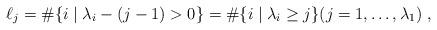
LaTeX: \begin{align*} \ell_{j} = \#\{ i \mid \lambda_i-(j-1) > 0 \} = \#\{ i \mid \lambda_i \geq j \} ( j=1,\ldots, \lambda_1) \;, \end{align*}